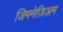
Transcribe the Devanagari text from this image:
जिमनेज़िअम